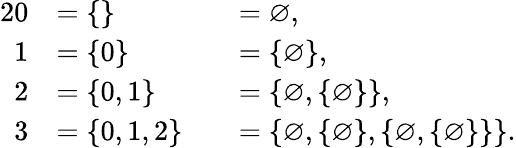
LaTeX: {\begin{array}{rlrl}{{2}0}&{=\{ \} }&&{=\varnothing,}\\ {1}&{=\{ 0\} }&&{=\{ \varnothing\} ,}\\ {2}&{=\{ 0,1\} }&&{=\{ \varnothing,\{ \varnothing\} \} ,}\\ {3}&{=\{ 0,1,2\} }&&{=\{ \varnothing,\{ \varnothing\} ,\{ \varnothing,\{ \varnothing\} \} \} .}\end{array}}